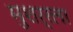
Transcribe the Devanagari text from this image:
मुशर्रला